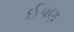
ઈપણ